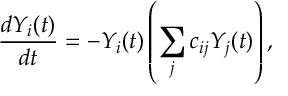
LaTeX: \frac { d Y _ { i } ( t ) } { d t } = - Y _ { i } ( t ) \left( \sum _ { j } c _ { i j } Y _ { j } ( t ) \right) ,